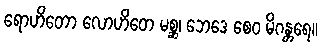
ရောဟိတော လောဟိတေ မစ္ဆ၊ ဘေဒေ စေဝ မိဂန္တရေ။